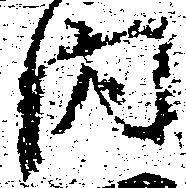
内